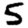
Digit: 5